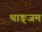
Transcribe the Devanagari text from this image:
थाङ्जम